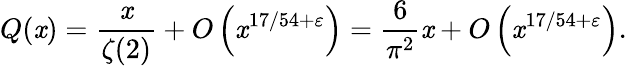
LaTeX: Q(\mathit{x})={\frac{{\mathit{x}}}{{\zeta(2)}}}+O\left(\mathit{x}^{17/54+\varepsilon}\right)={\frac{{6}}{{\pi^{2}}}}\mathit{x}+O\left(\mathit{x}^{17/54+\varepsilon}\right).